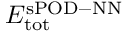
E _ { \mathrm { t o t } } ^ { \mathrm { s P O D - N N } }